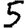
Digit: 5